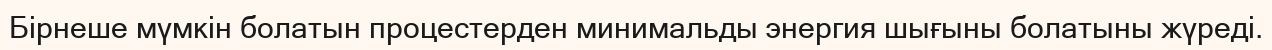
Бірнеше мүмкін болатын процестерден минимальды энергия шығыны болатыны жүреді.